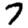
Digit: 7